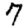
Digit: 7